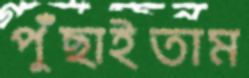
পুঁছাইতাম